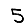
Digit: 5